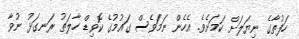
ހަފުތާގެ ނިޔަލަށް ކަމަށެވެ. އެހެން ނަމަވެސް ގައުމުގެ ކޮވިޑް ހާލަތު ރަނގަޅު ނުވާ